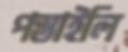
পস্তাইলি